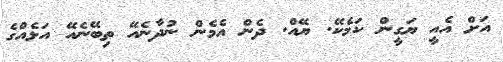
އަށް އެއީ ޔަގީން ކަމެކޭ. ޔޭއް. ދެން އެމެން ނުދާނެއޭ ތިބޭނެއޭ އަޅެއްގެ